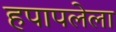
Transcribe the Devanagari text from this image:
हपापलेला